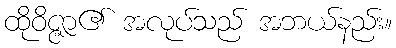
ထိုဝိဇ္ဇာ၏ အလုပ်သည် အဘယ်နည်း။